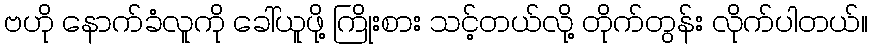
ဗဟို နောက်ခံလူကို ခေါ်ယူဖို့ ကြိုးစား သင့်တယ်လို့ တိုက်တွန်း လိုက်ပါတယ်။